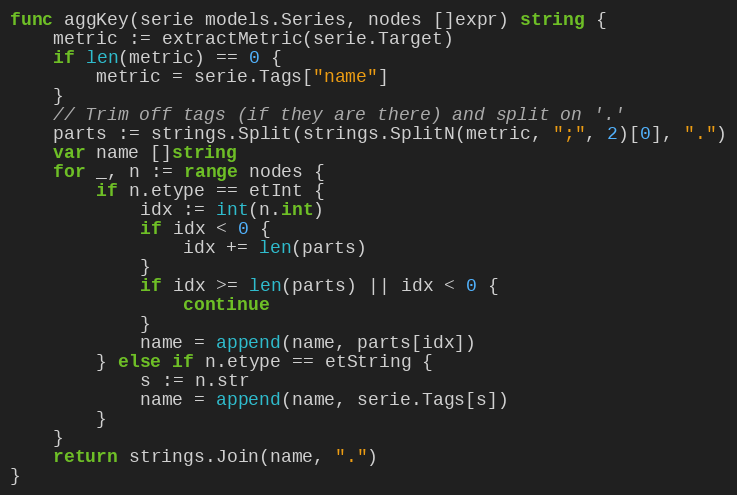
Language: Go
func aggKey(serie models.Series, nodes []expr) string {
	metric := extractMetric(serie.Target)
	if len(metric) == 0 {
		metric = serie.Tags["name"]
	}
	// Trim off tags (if they are there) and split on '.'
	parts := strings.Split(strings.SplitN(metric, ";", 2)[0], ".")
	var name []string
	for _, n := range nodes {
		if n.etype == etInt {
			idx := int(n.int)
			if idx < 0 {
				idx += len(parts)
			}
			if idx >= len(parts) || idx < 0 {
				continue
			}
			name = append(name, parts[idx])
		} else if n.etype == etString {
			s := n.str
			name = append(name, serie.Tags[s])
		}
	}
	return strings.Join(name, ".")
}